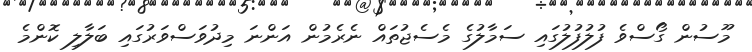
މޫސުން ގޯސްވެ ފުލުފުލުގައި ސަމާލުގެ މެސެޖުތައް ނެރެމުން އަންނަ މިދުވަސްވަރުގައި ބަލާލި ކޮންމެ